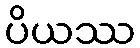
ပိယဿ